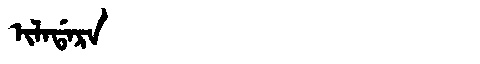
Manchu: ᡳᠯᠠᡩᠠᡵᠠ
Romanization: ILADARA